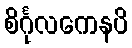
စိင်္ဂုလကေနပိ